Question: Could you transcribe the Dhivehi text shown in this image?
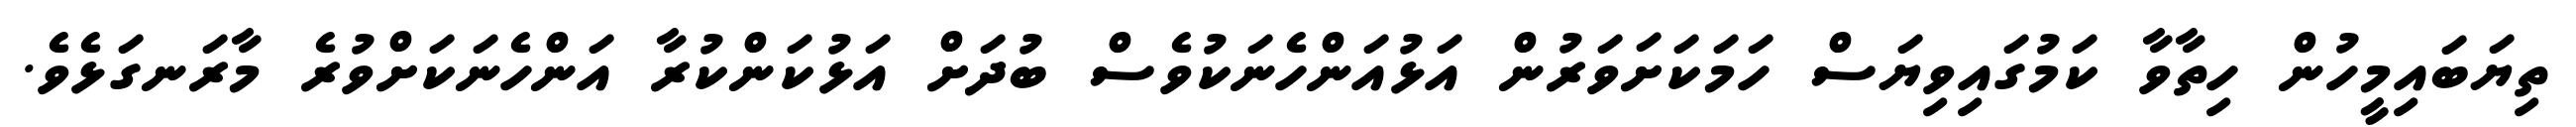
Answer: ތިޔަބައިމީހުން ހިތާވާ ކަމުގައިވިޔަސް ހަމަކަށަވަރުން އަޅުއަންހެނަކުވެސް ބުދަށް އަޅުކަންކުރާ އަންހެނަކަށްވުރެ މާރަނގަޅެވެ.